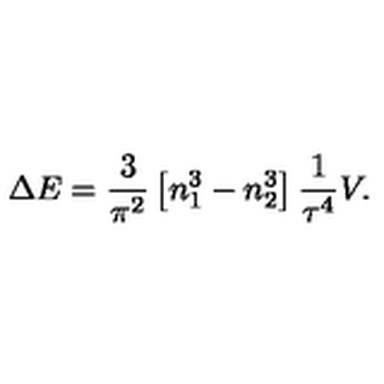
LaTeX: \Delta E = { \frac { 3 } { \pi ^ { 2 } } } \left[ n _ { 1 } ^ { 3 } - n _ { 2 } ^ { 3 } \right] { \frac { 1 } { \tau ^ { 4 } } } V .